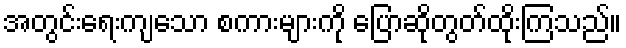
အတွင်းရေးကျသော စကားများကို ပြောဆိုတွတ်ထိုးကြသည်။